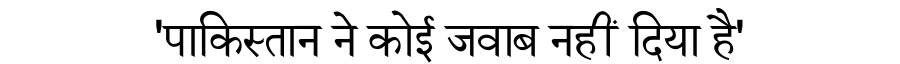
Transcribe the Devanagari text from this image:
'पाकिस्तान ने कोई जवाब नहीं दिया है'